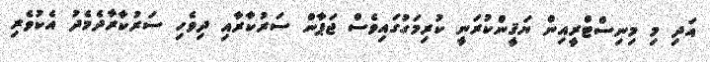
އަދި މި މިނިސްޓްރީއިން ޔަޤީންކުރަނީ ކުރިމަގުގައިވެސް ޖަޕާން ސަރުކާރާއި ދިވެހި ސަރުކާރާދެމެދު އެކުވެރި